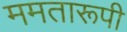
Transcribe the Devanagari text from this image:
ममतारूपी